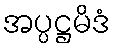
အပ္ပဋ္ဌမိဒံ